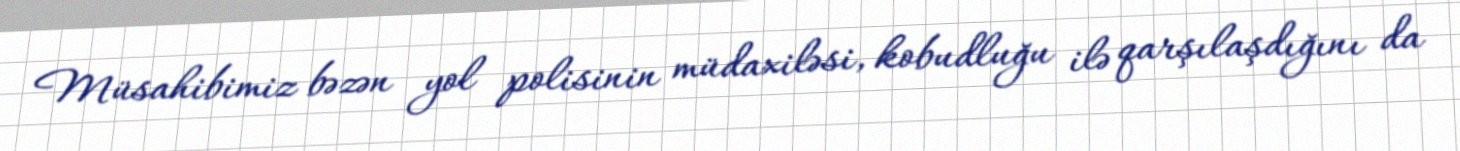
Müsahibimiz bəzən yol polisinin müdaxiləsi, kobudluğu ilə qarşılaşdığını da